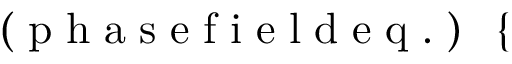
\small \mathrm { ~ ( ~ p ~ h ~ a ~ s ~ e ~ f ~ i ~ e ~ l ~ d ~ e ~ q ~ . ~ ) ~ } \ \left\{ \begin{array} { r l } \end{array} \right.